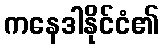
ကနေဒါနိုင်ငံ၏